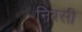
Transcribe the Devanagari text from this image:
निबसी